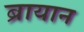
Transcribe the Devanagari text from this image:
ब्रायान